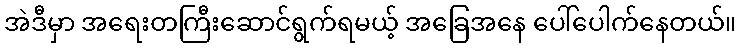
အဲဒီမှာ အရေးတကြီးဆောင်ရွက်ရမယ့် အခြေအနေ ပေါ်ပေါက်နေတယ်။